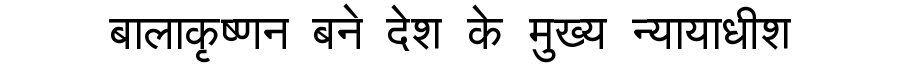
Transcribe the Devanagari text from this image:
बालाकृष्णन बने देश के मुख्य न्यायाधीश